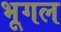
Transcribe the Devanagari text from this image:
भूगल